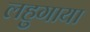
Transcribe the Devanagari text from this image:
लहुगाया